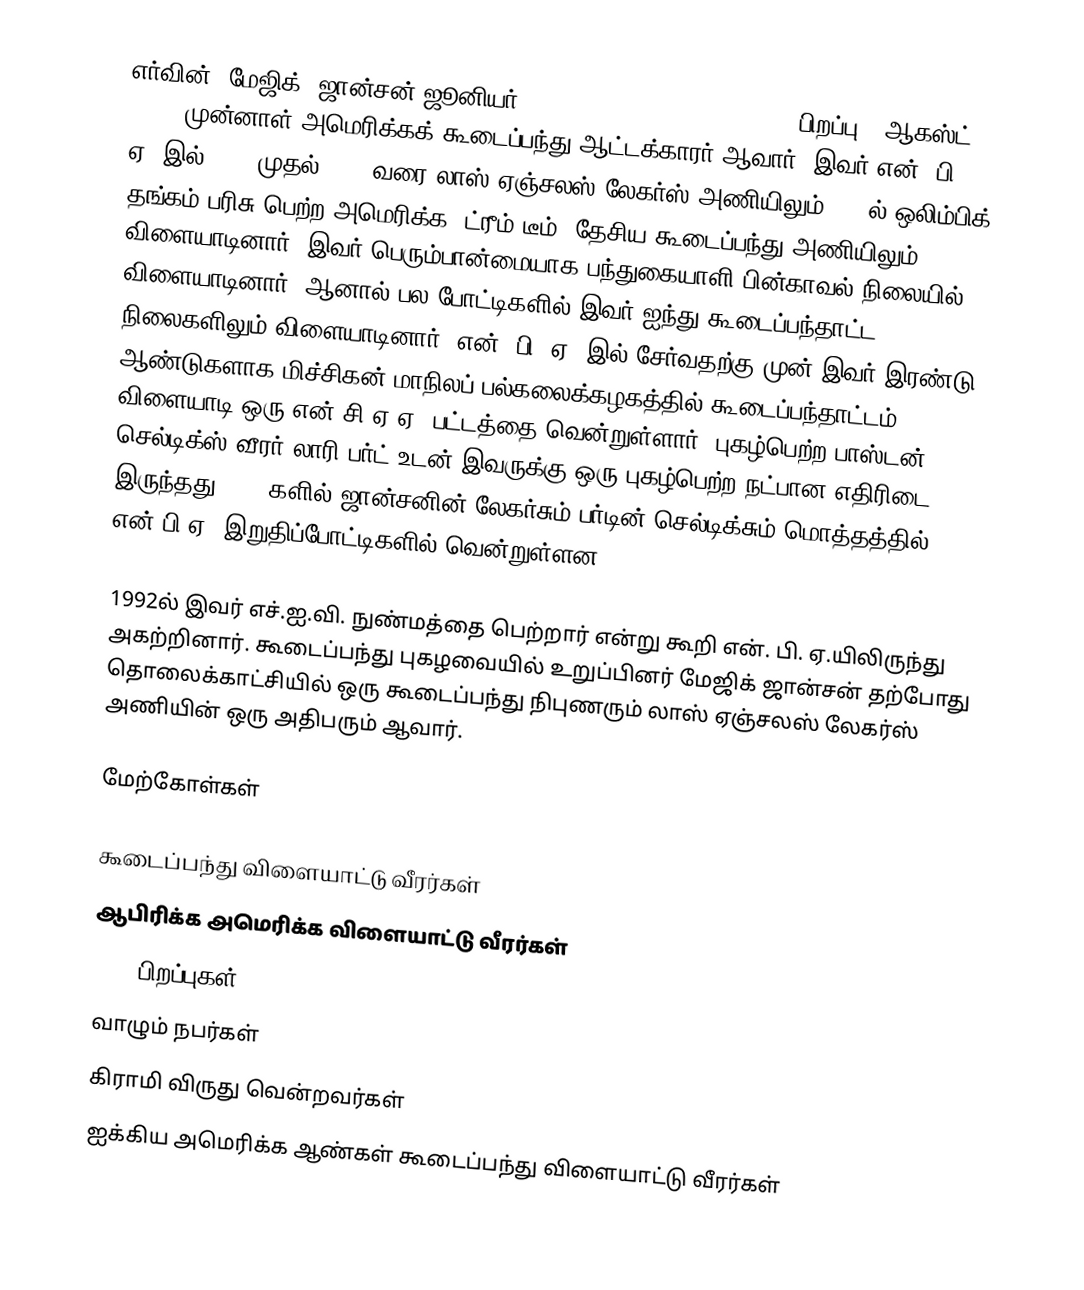
எர்வின் "மேஜிக்" ஜான்சன் ஜூனியர் (Earvin "Magic" Johnson, Jr., பிறப்பு - ஆகஸ்ட் 14, 1959) முன்னாள் அமெரிக்கக் கூடைப்பந்து ஆட்டக்காரர் ஆவார். இவர் என். பி. ஏ.-இல் 1979 முதல் 1991 வரை லாஸ் ஏஞ்சலஸ் லேகர்ஸ் அணியிலும் 1992ல் ஒலிம்பிக் தங்கம் பரிசு பெற்ற அமெரிக்க "ட்ரீம் டீம்" தேசிய கூடைப்பந்து அணியிலும் விளையாடினார். இவர் பெரும்பான்மையாக பந்துகையாளி பின்காவல் நிலையில் விளையாடினார், ஆனால் பல போட்டிகளில் இவர் ஐந்து கூடைப்பந்தாட்ட நிலைகளிலும் விளையாடினார். என். பி. ஏ.-இல் சேர்வதற்கு முன் இவர் இரண்டு ஆண்டுகளாக மிச்சிகன் மாநிலப் பல்கலைக்கழகத்தில் கூடைப்பந்தாட்டம் விளையாடி ஒரு என்.சி.ஏ.ஏ. பட்டத்தை வென்றுள்ளார். புகழ்பெற்ற பாஸ்டன் செல்டிக்ஸ் வீரர் லாரி பர்ட் உடன் இவருக்கு ஒரு புகழ்பெற்ற நட்பான எதிரிடை இருந்தது; 1980களில் ஜான்சனின் லேகர்சும் பர்டின் செல்டிக்சும் மொத்தத்தில் 7 என்.பி.ஏ. இறுதிப்போட்டிகளில் வென்றுள்ளன.

1992ல் இவர் எச்.ஐ.வி. நுண்மத்தை பெற்றார் என்று கூறி என். பி. ஏ.யிலிருந்து அகற்றினார். கூடைப்பந்து புகழவையில் உறுப்பினர் மேஜிக் ஜான்சன் தற்போது தொலைக்காட்சியில் ஒரு கூடைப்பந்து நிபுணரும் லாஸ் ஏஞ்சலஸ் லேகர்ஸ் அணியின் ஒரு அதிபரும் ஆவார்.

மேற்கோள்கள்

கூடைப்பந்து விளையாட்டு வீரர்கள்
ஆபிரிக்க அமெரிக்க விளையாட்டு வீரர்கள்
1959 பிறப்புகள்
வாழும் நபர்கள்
கிராமி விருது வென்றவர்கள்
ஐக்கிய அமெரிக்க ஆண்கள் கூடைப்பந்து விளையாட்டு வீரர்கள்